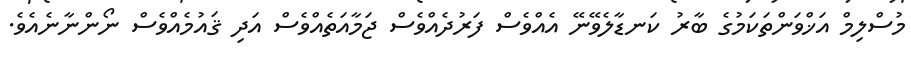
މުސްލިމް އަޚްވަންތަކަމުގެ ބާރު ކަނޑާލެވޭނޭ އެއްވެސް ފަރުދެއްވެސް ޖަމާއަތެއްވެސް އަދި ޤައުމެއްވެސް ނޯންނާނެއެވެ.